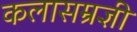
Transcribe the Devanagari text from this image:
कलासम्रज्ञी